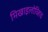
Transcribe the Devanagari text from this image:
मिखाइलोव्हिच